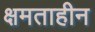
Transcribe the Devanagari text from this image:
क्षमताहीन